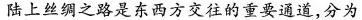
陆上丝绸之路是东西方交往的重要通道，分为